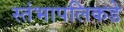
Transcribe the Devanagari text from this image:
स्तंभापलिकडे